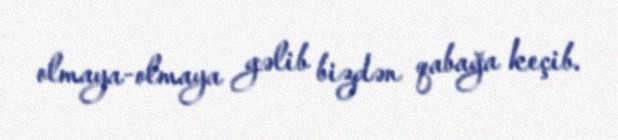
olmaya-olmaya gəlib bizdən qabağa keçib.